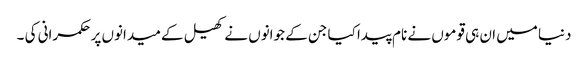
دنیا میں ان ہی قوموں نے نام پیدا کیا جن کے جوانوں نے کھیل کے میدانوں پر حکمرانی کی ۔